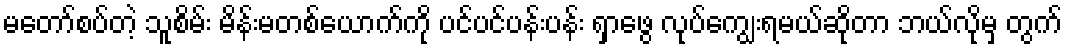
မတော်စပ်တဲ့ သူစိမ်း မိန်းမတစ်ယောက်ကို ပင်ပင်ပန်းပန်း ရှာဖွေ လုပ်ကျွေးရမယ်ဆိုတာ ဘယ်လိုမှ တွက်